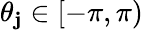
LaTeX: \theta_{\mathbf{j}}\in[-\pi,\pi)